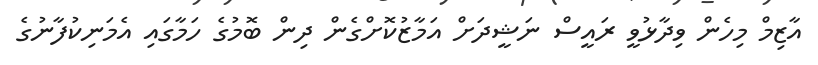
އާޒިމް މިހެން ވިދާޅުވީ ރައީސް ނަޝީދަށް އަމާޒުކޮށްގެން ދިން ބޮމުގެ ހަމާގައި އެމަނިކުފާނުގެ